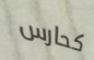
كحارس